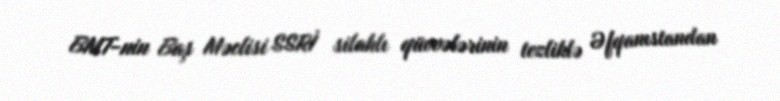
BMT-nin Baş Məclisi SSRİ silahlı qüvvələrinin tezliklə Əfqanıstandan